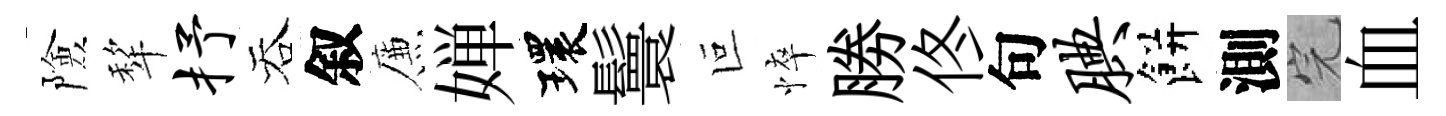
險犂抒吞叙簾婵環鬟叵悴勝佟句腆餅測完血